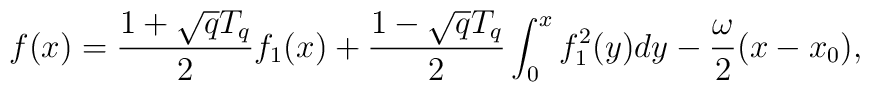
f(x)={1+\sqrt{q}T_q\over 2}f_1(x)+{1-\sqrt{q}T_q\over 2}\int_0^x f_1^2(y)dy -{\omega\over 2}(x-x_0),